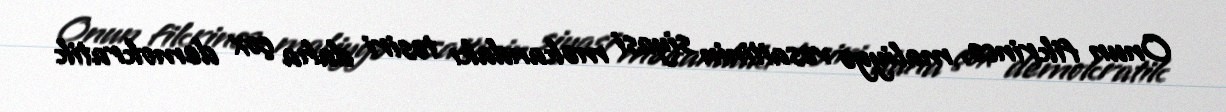
Onun fikrincə, maliyyə vəsaitinin siyasi məkandakı təsiri daha çox demokratik